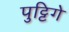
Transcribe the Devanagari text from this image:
पुट्टिगे